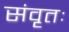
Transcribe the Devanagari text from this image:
संवृतः